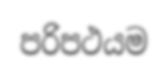
පරිපථයම